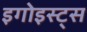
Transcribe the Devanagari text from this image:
इगोइस्ट्स